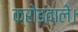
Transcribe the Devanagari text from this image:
क्रोडवाले।